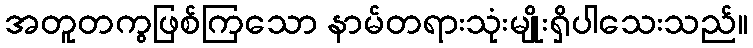
အတူတကွဖြစ်ကြသော နာမ်တရားသုံးမျိုးရှိပါသေးသည်။